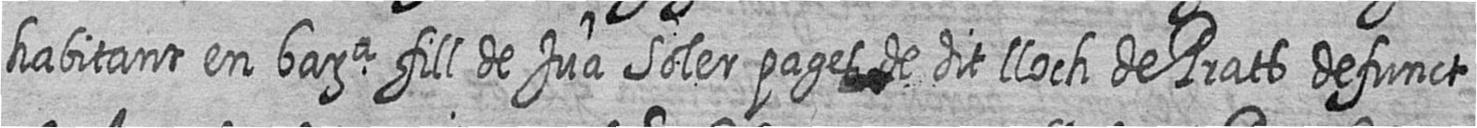
habitant en bara fill de Jua Soler pages de dit lloch de Prats defunct